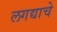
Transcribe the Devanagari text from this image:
लगद्याचे